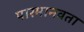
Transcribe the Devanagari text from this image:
पारमानवता